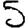
Digit: 5